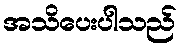
အသိပေးပါသည်